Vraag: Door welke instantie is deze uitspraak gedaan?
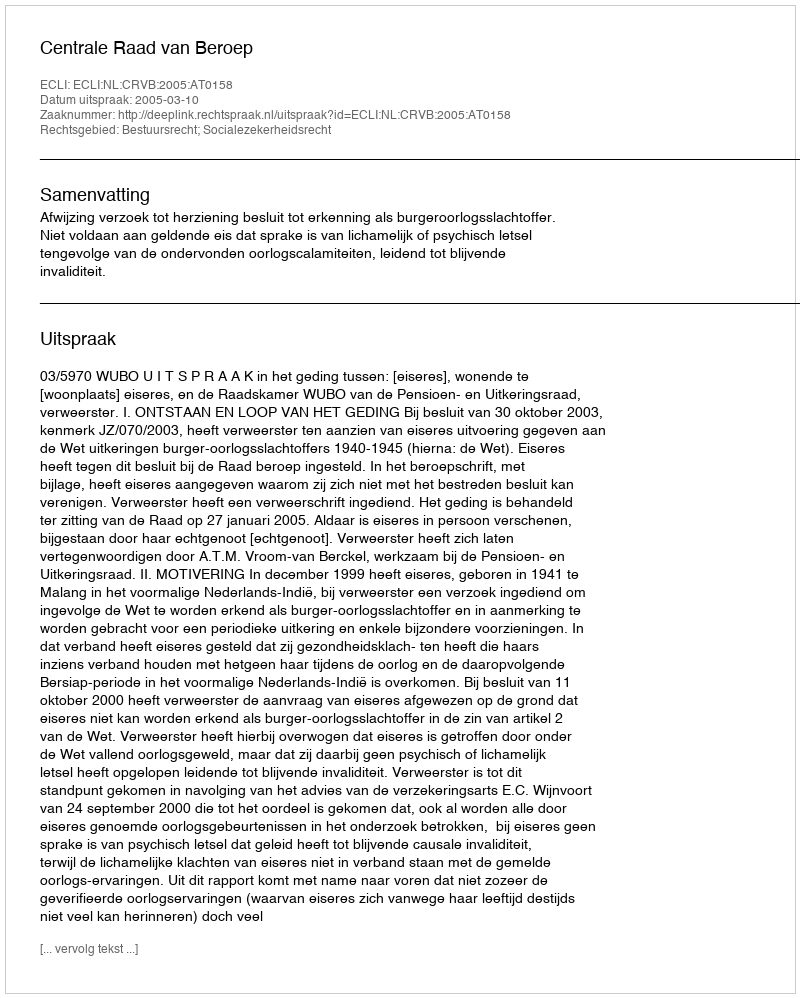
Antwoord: Centrale Raad van Beroep